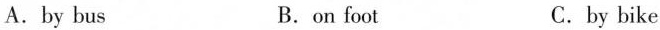
A. by bus B.on foot C.by bike